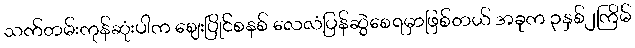
သက်တမ်းကုန်ဆုံးပါက ဈေးပြိုင်စနစ် လေလံပြန်ဆွဲစေရမှာဖြစ်တယ် အခုက ၃နှစ်၂ကြိမ်